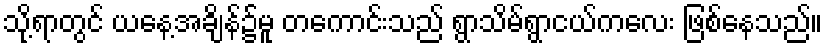
သို့ရာတွင် ယနေ့အချိန်၌မူ တကောင်းသည် ရွာသိမ်ရွာငယ်ကလေး ဖြစ်နေသည်။